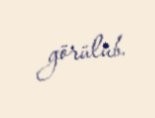
görülüb.